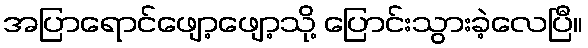
အပြာရောင်ဖျော့ဖျော့သို့ ပြောင်းသွားခဲ့လေပြီ။